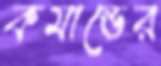
কমান্ডের